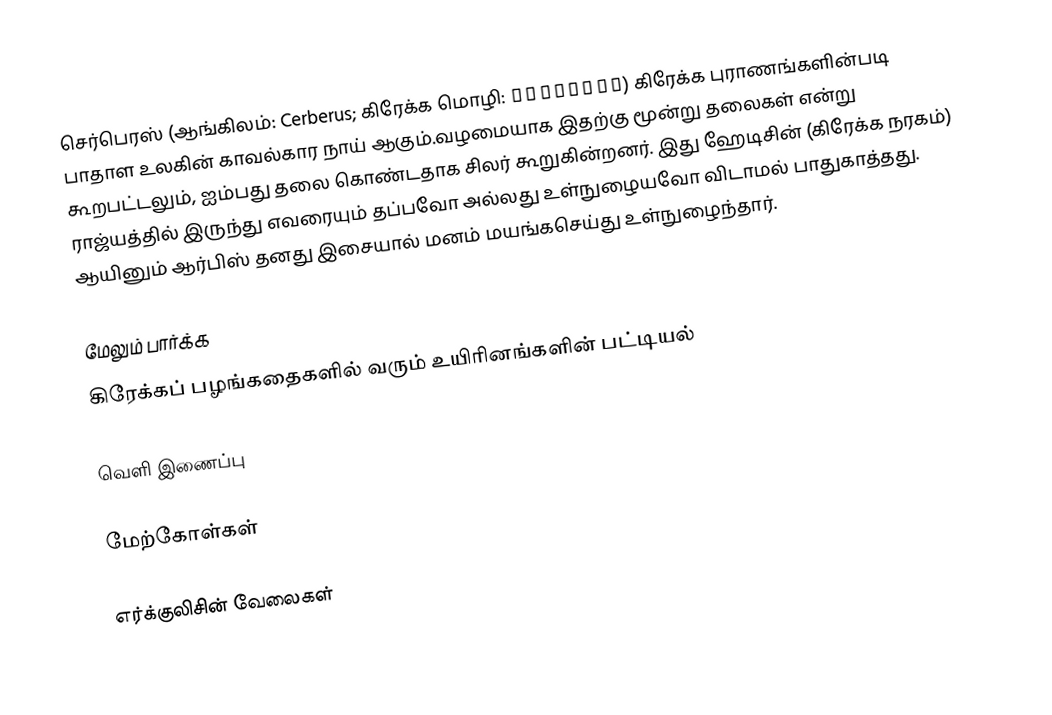
செர்பெரஸ் (ஆங்கிலம்: Cerberus; கிரேக்க மொழி: Κέρβερος) கிரேக்க புராணங்களின்படி பாதாள உலகின் காவல்கார நாய் ஆகும்.வழமையாக இதற்கு மூன்று தலைகள் என்று கூறபட்டலும், ஐம்பது தலை கொண்டதாக சிலர் கூறுகின்றனர். இது ஹேடிசின் (கிரேக்க நரகம்) ராஜ்யத்தில் இருந்து எவரையும் தப்பவோ அல்லது உள்நுழையவோ விடாமல் பாதுகாத்தது. ஆயினும் ஆர்பிஸ் தனது இசையால் மனம் மயங்கசெய்து உள்நுழைந்தார்.

மேலும் பார்க்க
 கிரேக்கப் பழங்கதைகளில் வரும் உயிரினங்களின் பட்டியல்

வெளி இணைப்பு

மேற்கோள்கள்

எர்க்குலிசின் வேலைகள்